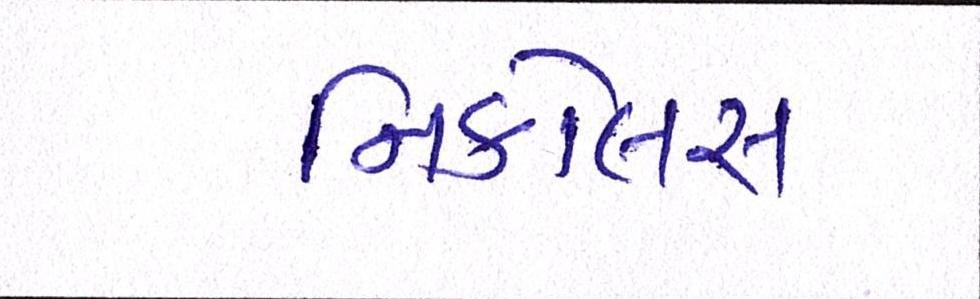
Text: નિકોલસ